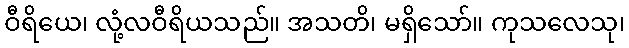
ဝီရိယေ၊ လုံ့လဝီရိယသည်။ အသတိ၊ မရှိသော်။ ကုသလေသု၊